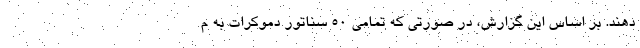
دهند. بر اساس این گزارش، در صورتی که تمامی ۵۰ سناتور دموکرات به م